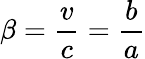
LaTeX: \beta=\frac{v}{c}=\frac{b}{a}